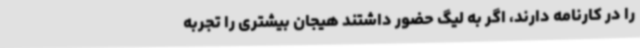
را در کارنامه دارند، اگر به لیگ حضور داشتند هیجان بیشتری را تجربه